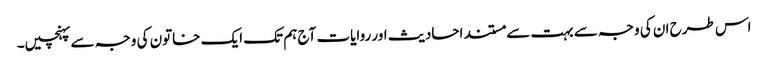
اس طرح ان کی وجہ سے بہت سے مستند احادیث اور روایات آج ہم تک ایک خاتون کی وجہ سے پہنچیں۔